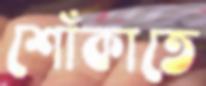
শোঁকাতে